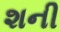
શની